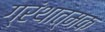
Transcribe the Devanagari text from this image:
ग्रंथात्मक